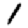
Digit: 1